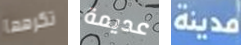
تكرهها عديمة مدينة